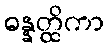
ဓန္နတ္ထိကာ